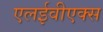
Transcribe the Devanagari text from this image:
एलईवीएक्स